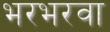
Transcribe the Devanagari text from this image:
भरभरवा